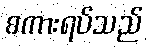
စကားရပ်သည်